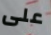
على